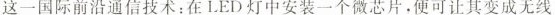
这一国际前沿通信技术：在LED灯中安装一个微芯片·便可让其变成无线